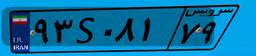
۹۳S۰۸۱۷۹